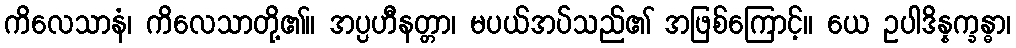
ကိလေသာနံ၊ ကိလေသာတို့၏။ အပ္ပဟီနတ္တာ၊ မပယ်အပ်သည်၏ အဖြစ်ကြောင့်။ ယေ ဥပါဒိန္နက္ခန္ဓာ၊